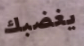
يغضبك